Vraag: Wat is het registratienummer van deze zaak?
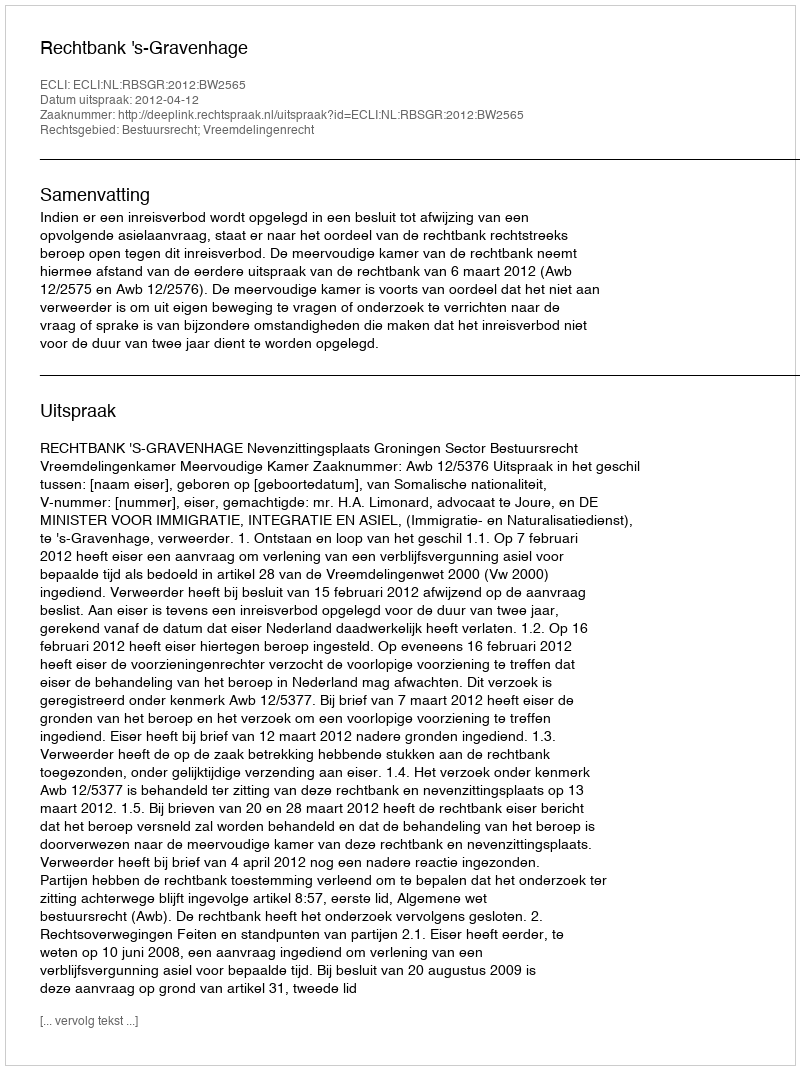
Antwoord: http://deeplink.rechtspraak.nl/uitspraak?id=ECLI:NL:RBSGR:2012:BW2565